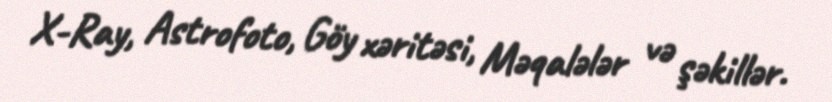
X-Ray, Astrofoto, Göy xəritəsi, Məqalələr və şəkillər.